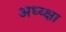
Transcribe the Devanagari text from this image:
अध्य्क्षा